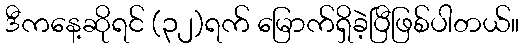
ဒီကနေ့ဆိုရင် (၃၂)ရက် မြောက်ရှိခဲ့ပြီဖြစ်ပါတယ်။